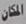
المكان